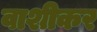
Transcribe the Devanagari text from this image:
वाशीकर